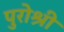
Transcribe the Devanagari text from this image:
पुरोश्री